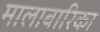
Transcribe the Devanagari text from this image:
मालाबारिका